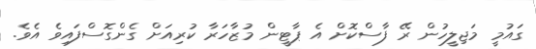
ގައުމީ މަޖިލީހުން ރޭ ފާސްކޮށް އެ ޕާޓީން މުޒާހަރާ ކުރިއަށް ގެންގޮސްފައިވެ އެވެ.